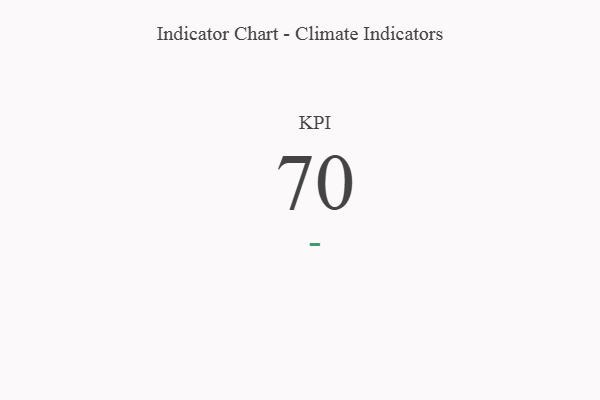
{"axis": {"x": "KPI", "y": "Value"}, "legend": [""], "data": [{"x": "KPI", "y": 70, "type": ""}]}